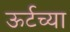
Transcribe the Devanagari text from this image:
ऊर्टच्या